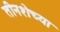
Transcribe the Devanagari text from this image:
तीनशेच्या